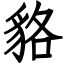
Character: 貉